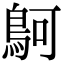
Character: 鴚